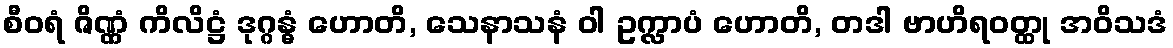
စီဝရံ ဇိဏ္ဏံ ကိလိဋ္ဌံ ဒုဂ္ဂန္ဓံ ဟောတိ, သေနာသနံ ဝါ ဥက္လာပံ ဟောတိ, တဒါ ဗာဟိရဝတ္ထု အဝိသဒံ